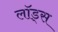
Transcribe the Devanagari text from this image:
लॉड्स